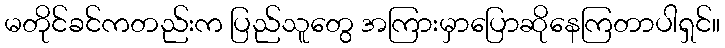
မတိုင်ခင်ကတည်းက ပြည်သူတွေ အကြားမှာပြောဆိုနေကြတာပါရှင်။